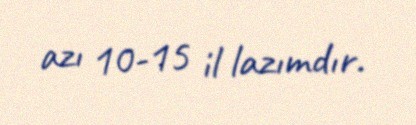
azı 10-15 il lazımdır.